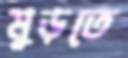
মুড়তে